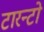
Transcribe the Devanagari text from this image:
टारन्टो